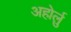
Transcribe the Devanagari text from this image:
अहोर्लु